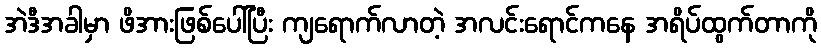
အဲဒီအခါမှာ ဖိအားဖြစ်ပေါ်ပြီး ကျရောက်လာတဲ့ အလင်းရောင်ကနေ အရိပ်ထွက်တာကို